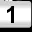
Digit: 1